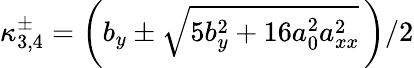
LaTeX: \kappa_{3,4}^{\pm}=\left(b_{y}\pm\sqrt{5b_{y}^{2}+16a_{0}^{2}a_{xx}^{2}}\, \right)/{2}